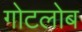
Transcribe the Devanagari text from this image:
गोटलोब